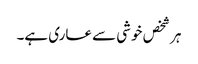
ہر شخص خوشی سے عاری ہے۔